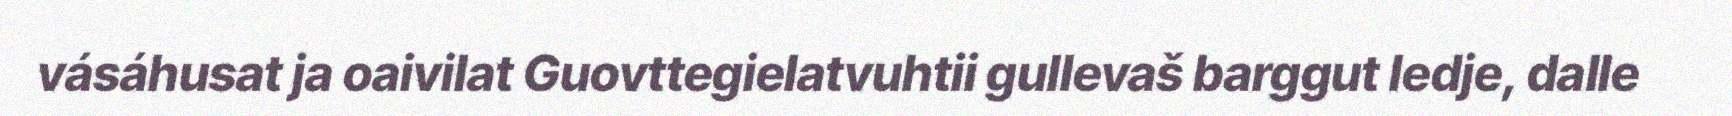
vásáhusat ja oaivilat Guovttegielatvuhtii gullevaš barggut ledje, dalle